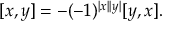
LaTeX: [ x , y ] = - ( - 1 ) ^ { | x | | y | } [ y , x ] .